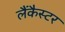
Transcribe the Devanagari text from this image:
लैंकैस्टर